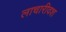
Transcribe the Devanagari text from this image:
लाचारीवश